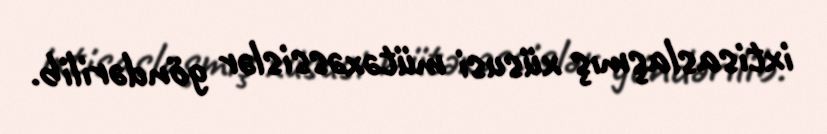
ixtisaslaşmış xüsusi mütəxəssislər göndərilib.